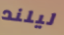
ليلند